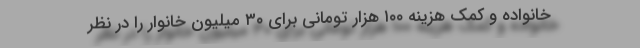
خانواده و کمک هزینه ۱۰۰ هزار تومانی برای ۳۰ میلیون خانوار را در نظر